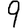
Digit: 9